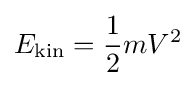
E_{\text{kin}}={1 \over 2}mV^{2}